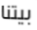
بيتنا